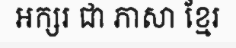
អក្សរ ជា ភាសា ខ្មែរ